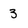
Character: 3